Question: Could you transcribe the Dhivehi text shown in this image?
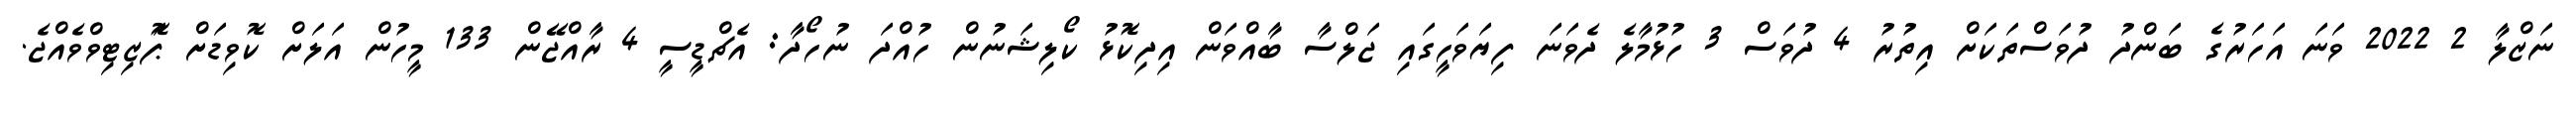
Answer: ނަޒްލާ 2 2022 ވަނަ އަހަރުގެ ބަންދު ދުވަސްތަކަށް އިތުރު 4 ދުވަސް 3 ހުޅުމާލެ ދެވަނަ ފިޔަވަހީގައި ޖަލްސާ ބާއްވަން އިދިކޮޅު ކޯލިޝަނުން ހުއްދަ ނުހޯދާ: އެޗްޑީސީ 4 ރާއްޖޭން 133 މީހުން އަލަށް ކޮވިޑަށް ޕަޮޒިޓިވްވެއްޖެ.